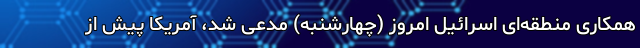
همکاری‌ منطقه‌ای اسرائیل امروز (چهارشنبه) مدعی شد، آمریکا پیش از